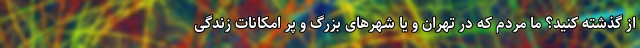
از گذشته کنید؟ ما مردم که در تهران و یا شهرهای بزرگ و پر امکانات زندگی